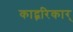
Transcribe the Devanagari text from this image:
काद्ब्ररिकार्